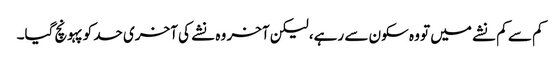
کم سے کم نشے میں تو وہ سکون سے رہے، لیکن آخر وہ نشے کی آخری حد کو پہونچ گیا۔